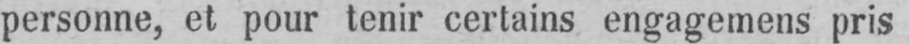
personne, et pour tenir certains engagemens pris